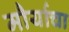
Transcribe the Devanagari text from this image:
मौर्याचा